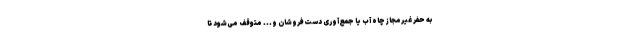
به حفر غیرمجاز چاه‌ آب یا جمع‌آوری دست‌فروشان و... متوقف می‌شود تا